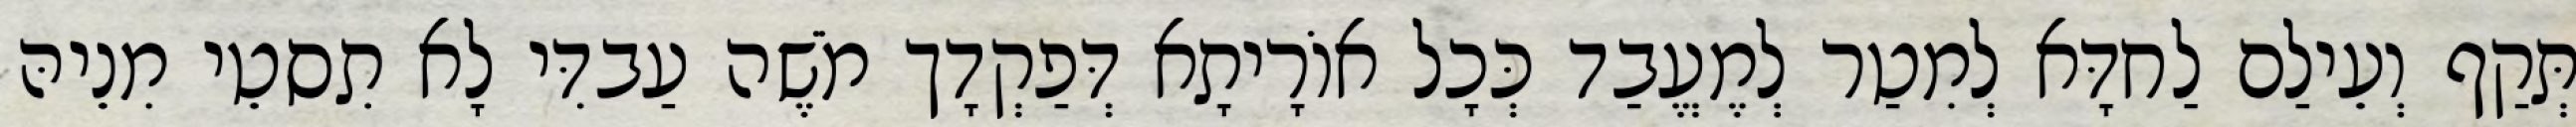
תְּקַף וְעֵילַם לַחדָּא לְמִטַר לְמֶעֱבַד כְּכָל אוֹרָיתָא דְּפַקְדָך מֹשֶׁה עַבדִּי לָא תִסטֵי מִנֵיהּ